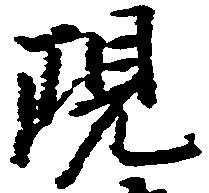
現